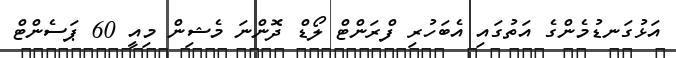
އަޅުގަނޑުމެންގެ އަތުގައި އެބަހުރި ފްރަންޓް ލޯޑް ދޮންނަ މެޝިން މިއީ 60 ޕަސެންޓް